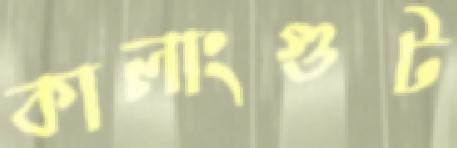
কালাংগুট